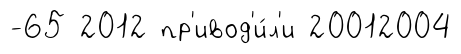
-65 2012 пр'ивод'и́л'и 20012004